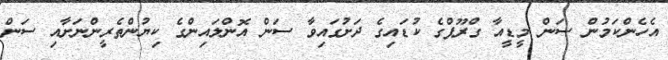
އެހެންކަމުން ސަން މީޑީއާ ގްރޫޕްގެ ކުޑައިގެ ދަށުގައިވާ ސަން އޮންލައިންގެ ކިޔުންތެރީންނަށާއި ސަން